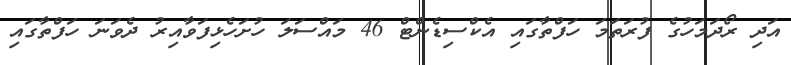
އަދި ރޯދަމަހުގެ ފުރަތަމަ ހަފްތާގައި އެކްސިޑެންޓް 46 މައްސަލަ ހުށަހެޅިފަވާއިރު ދެވަނަ ހަފްތާގައި